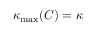
\kappa _ { \mathrm { m a x } } ( C ) = \kappa